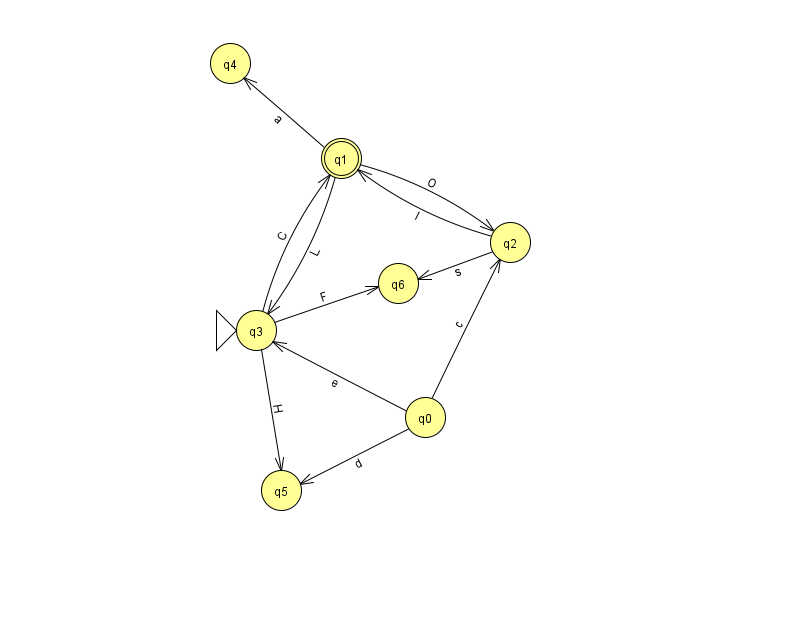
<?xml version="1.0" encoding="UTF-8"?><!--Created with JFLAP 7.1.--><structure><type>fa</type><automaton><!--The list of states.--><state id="0" name="q0"><x>425.0</x><y>404.0</y></state><state id="1" name="q1"><x>341.0</x><y>145.0</y><final/></state><state id="2" name="q2"><x>510.0</x><y>229.0</y></state><state id="3" name="q3"><x>256.0</x><y>317.0</y><initial/></state><state id="4" name="q4"><x>230.0</x><y>50.0</y></state><state id="5" name="q5"><x>281.0</x><y>477.0</y></state><state id="6" name="q6"><x>398.0</x><y>270.0</y></state><!--The list of transitions.--><transition><from>3</from><to>5</to><read>H</read></transition><transition><from>0</from><to>3</to><read>e</read></transition><transition><from>1</from><to>3</to><read>L</read></transition><transition><from>2</from><to>6</to><read>s</read></transition><transition><from>0</from><to>2</to><read>c</read></transition><transition><from>3</from><to>6</to><read>F</read></transition><transition><from>2</from><to>1</to><read>I</read></transition><transition><from>3</from><to>1</to><read>C</read></transition><transition><from>1</from><to>2</to><read>O</read></transition><transition><from>0</from><to>5</to><read>d</read></transition><transition><from>1</from><to>4</to><read>a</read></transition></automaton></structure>